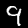
Label: 9